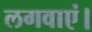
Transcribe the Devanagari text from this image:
लगवाएं।